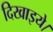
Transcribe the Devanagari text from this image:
दिखाइये।